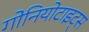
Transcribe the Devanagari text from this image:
गोनियोटाइट्स